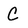
Character: C